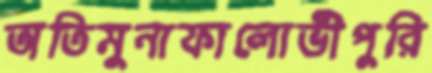
অতিমুনাফালোভীপুরি